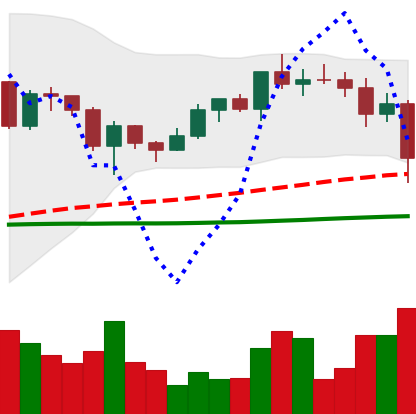
Ticker: ADA-USD
Chart end date: 2020-12-23
Forward return: 29.577%
Label: up_7plus